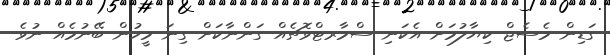
ގަޑިން މެސެޖް ކިޔާލުމަށް އެކަނި ސްމާރޓްވޮޗެއް ގަންނާކަށް ގިނަ މީހުން ބޭނުމެއް ނުވެ